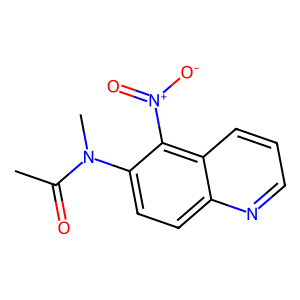
SMILES: CC(=O)N(C)c1ccc2ncccc2c1[N+](=O)[O-]
Inhibits HIV replication: No